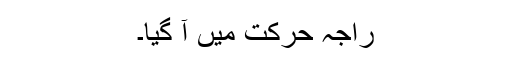
راجہ حرکت میں آ گیا۔